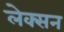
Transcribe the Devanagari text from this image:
लेक्सन